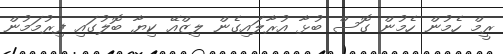
ރީމް ހެމުން ހެމުން ގޮސް ބުޅާ އުރާލައިގެން ލިޒްއޭ ކިޔާ ބޮލުގައި ފިރުމަމުން